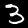
Label: 3